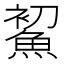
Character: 𩷞